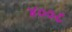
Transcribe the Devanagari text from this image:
४००८